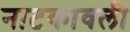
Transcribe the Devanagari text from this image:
नाटकावली